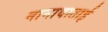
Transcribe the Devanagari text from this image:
नानावाताई